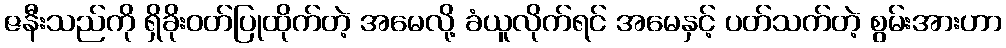
ဇနီးသည်ကို ရှိခိုးဝတ်ပြုထိုက်တဲ့ အမေလို့ ခံယူလိုက်ရင် အမေနှင့် ပတ်သက်တဲ့ စွမ်းအားဟာ